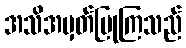
အသိအမှတ်ပြုကြသည်